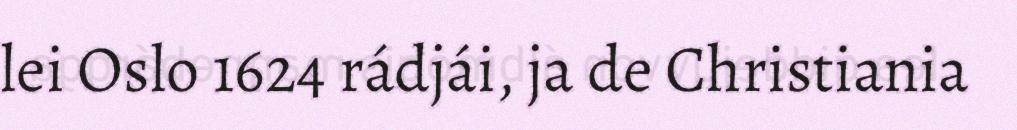
lei Oslo 1624 rádjái, ja de Christiania